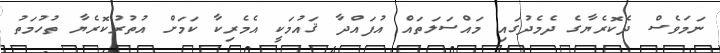
ނަމަވެސް ދެކޮރެޔާގެ ދެމެދުގައި މައްސަލަތައް އުފައްދާ ޤައުމަކީ އެމެރިކާ ކަމަށް އުތުރުކޮރެޔާ ތުހުމަތު